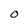
Character: O